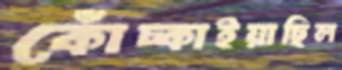
কোঁচ্‌কাইয়াছিল